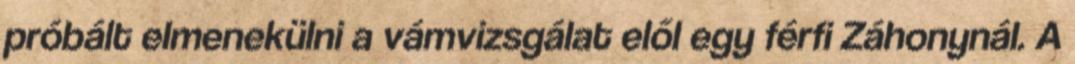
próbált elmenekülni a vámvizsgálat elől egy férfi Záhonynál. A